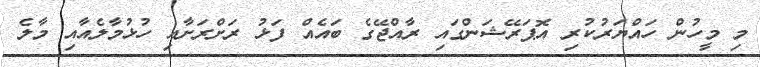
މި މީހުން ހައްޔަރުކުރި އޮޕަރޭޝަންގައި ރާއްޖޭގެ ބައެއް ފަޅު ރަށްރަށާއި ހުޅުމާލެއާއި މާލެ